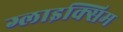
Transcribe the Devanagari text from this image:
ग्लाइक्सिम